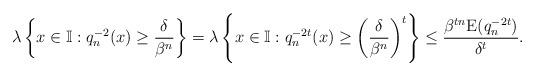
LaTeX: \begin{align*}\lambda \left\{x \in \mathbb{I}: q_n^{-2}(x) \geq \frac{\delta}{\beta^{n}}\right\}= \lambda \left\{x \in \mathbb{I}: q_n^{-2t}(x)\geq \left(\frac{\delta}{\beta^n}\right)^t\right\} \leq\frac{ \beta^{tn} \mathrm{E}(q_n^{-2t})}{\delta^t}.\end{align*}